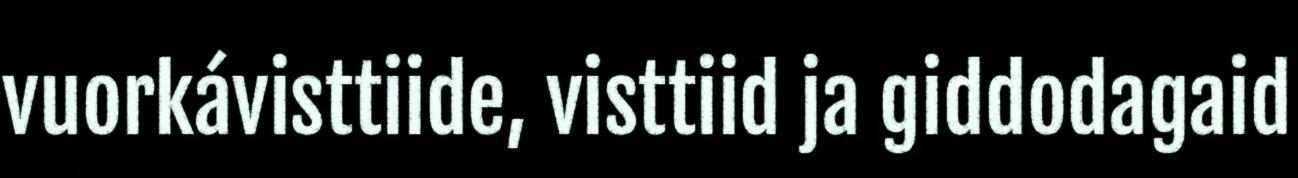
vuorkávisttiide, visttiid ja giddodagaid